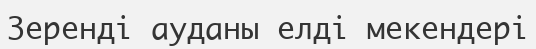
Зеренді ауданы елді мекендері